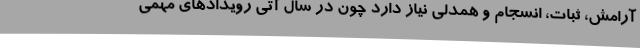
آرامش، ثبات، انسجام و همدلی نیاز دارد چون در سال آتی رویدادهای مهمی